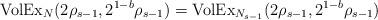
LaTeX: \begin{align*} {\rm VolEx}_{N}(2\rho_{s-1},2^{1-b}\rho_{s-1}) = {\rm VolEx}_{N_{s-1}}(2\rho_{s-1},2^{1-b}\rho_{s-1}) \end{align*}